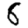
Digit: 8